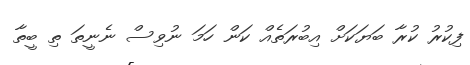
ފިކުރު ކުރާ ބަޔަކަށް އިބުރަތެއް ކަން ހަމަ ނުވިސް ނެނީތަ ތި ބީތާ